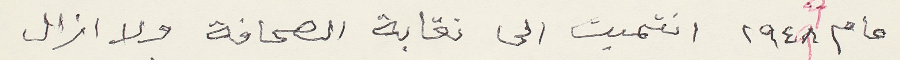
عام ١٩٤٨ انتميت الى نقابة الصحافة ولا ازال